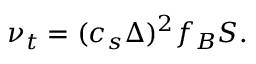
\nu _ { t } = ( c _ { s } \Delta ) ^ { 2 } f _ { B } S .